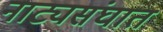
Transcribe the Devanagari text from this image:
नाट्यसंघात